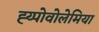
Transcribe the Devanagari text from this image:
ह्य्पोवोलेमिया